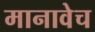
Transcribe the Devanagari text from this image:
मानावेच